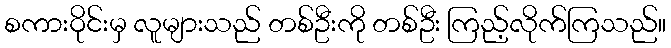
စကားဝိုင်းမှ လူများသည် တစ်ဦးကို တစ်ဦး ကြည့်လိုက်ကြသည်။